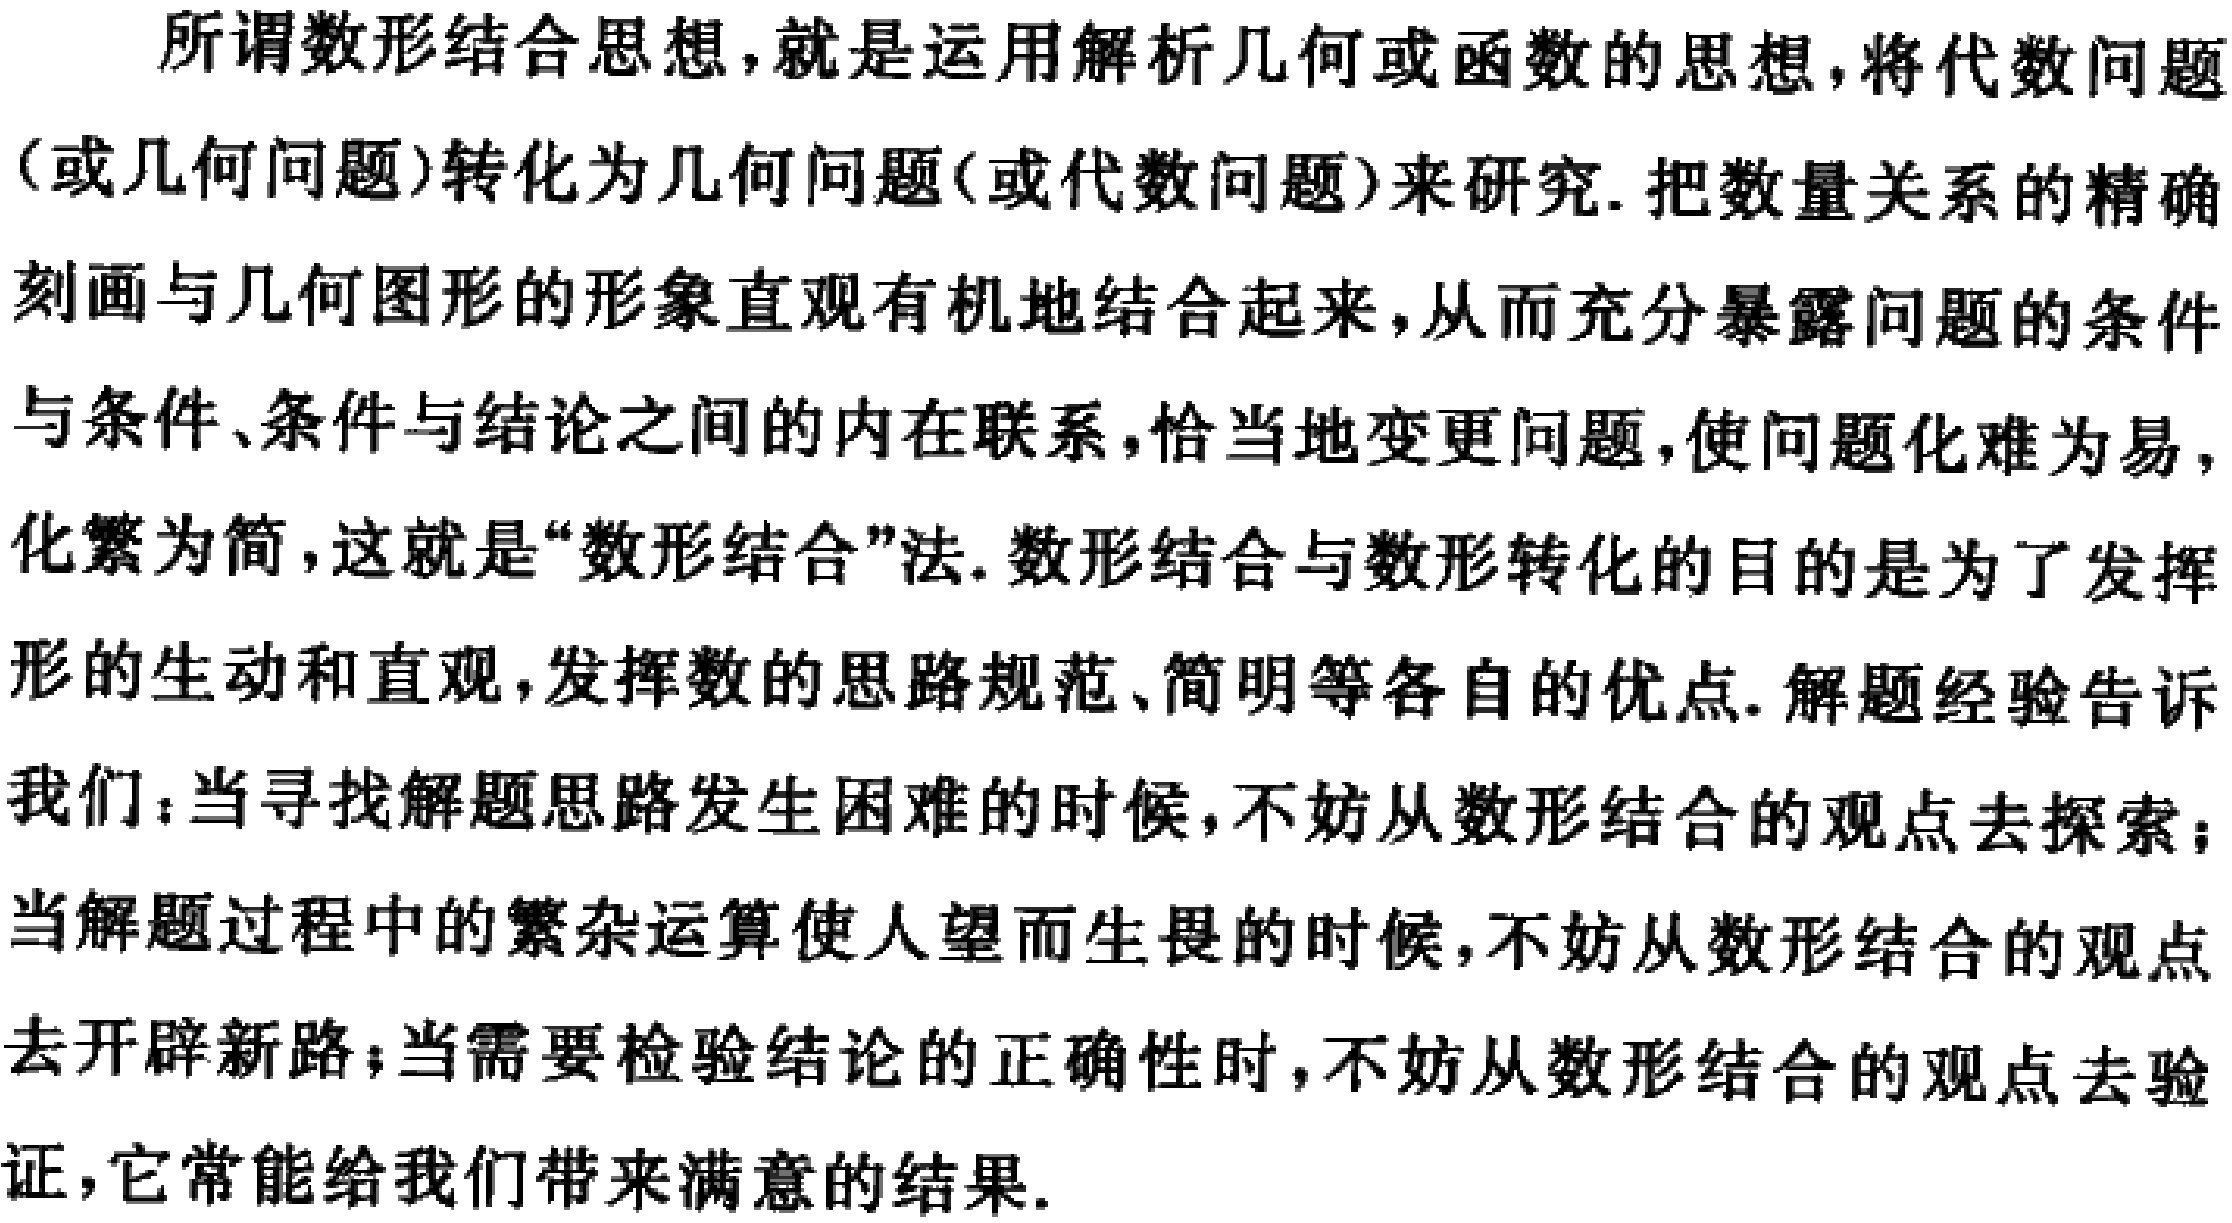
所谓数形结合思想，就是运用解析几何或函数的思想，将代数问题（或几何问题）转化为几何问题（或代数问题）来研究. 把数量关系的精确刻画与几何图形的形象直观有机地结合起来，从而充分暴露问题的条件与条件、条件与结论之间的内在联系，恰当地变更问题，使问题化难为易，化繁为简，这就是“数形结合”法. 数形结合与数形转化的目的是为了发挥形的生动和直观，发挥数的思路规范、简明等各自的优点. 解题经验告诉我们：当寻找解题思路发生困难的时候，不妨从数形结合的观点去探索；当解题过程中的繁杂运算使人望而生畏的时候，不妨从数形结合的观点去开辟新路；当需要检验结论的正确性时，不妨从数形结合的观点去验证，它常能给我们带来满意的结果.